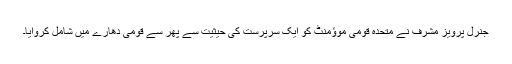
جنرل پرویز مشرف نے متحدہ قومی موؤمنٹ کو ایک سرپرست کی حیثیت سے پھر سے قومی دھارے میں شامل کروایا۔